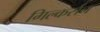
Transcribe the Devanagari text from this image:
गिल्कर्सन